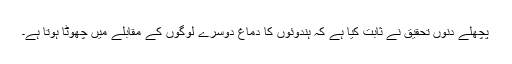
پچھلے دنوں تحقیق نے ثابت کیا ہے کہ ہندوئوں کا دماغ دوسرے لوگوں کے مقابلے میں چھوٹا ہوتا ہے۔